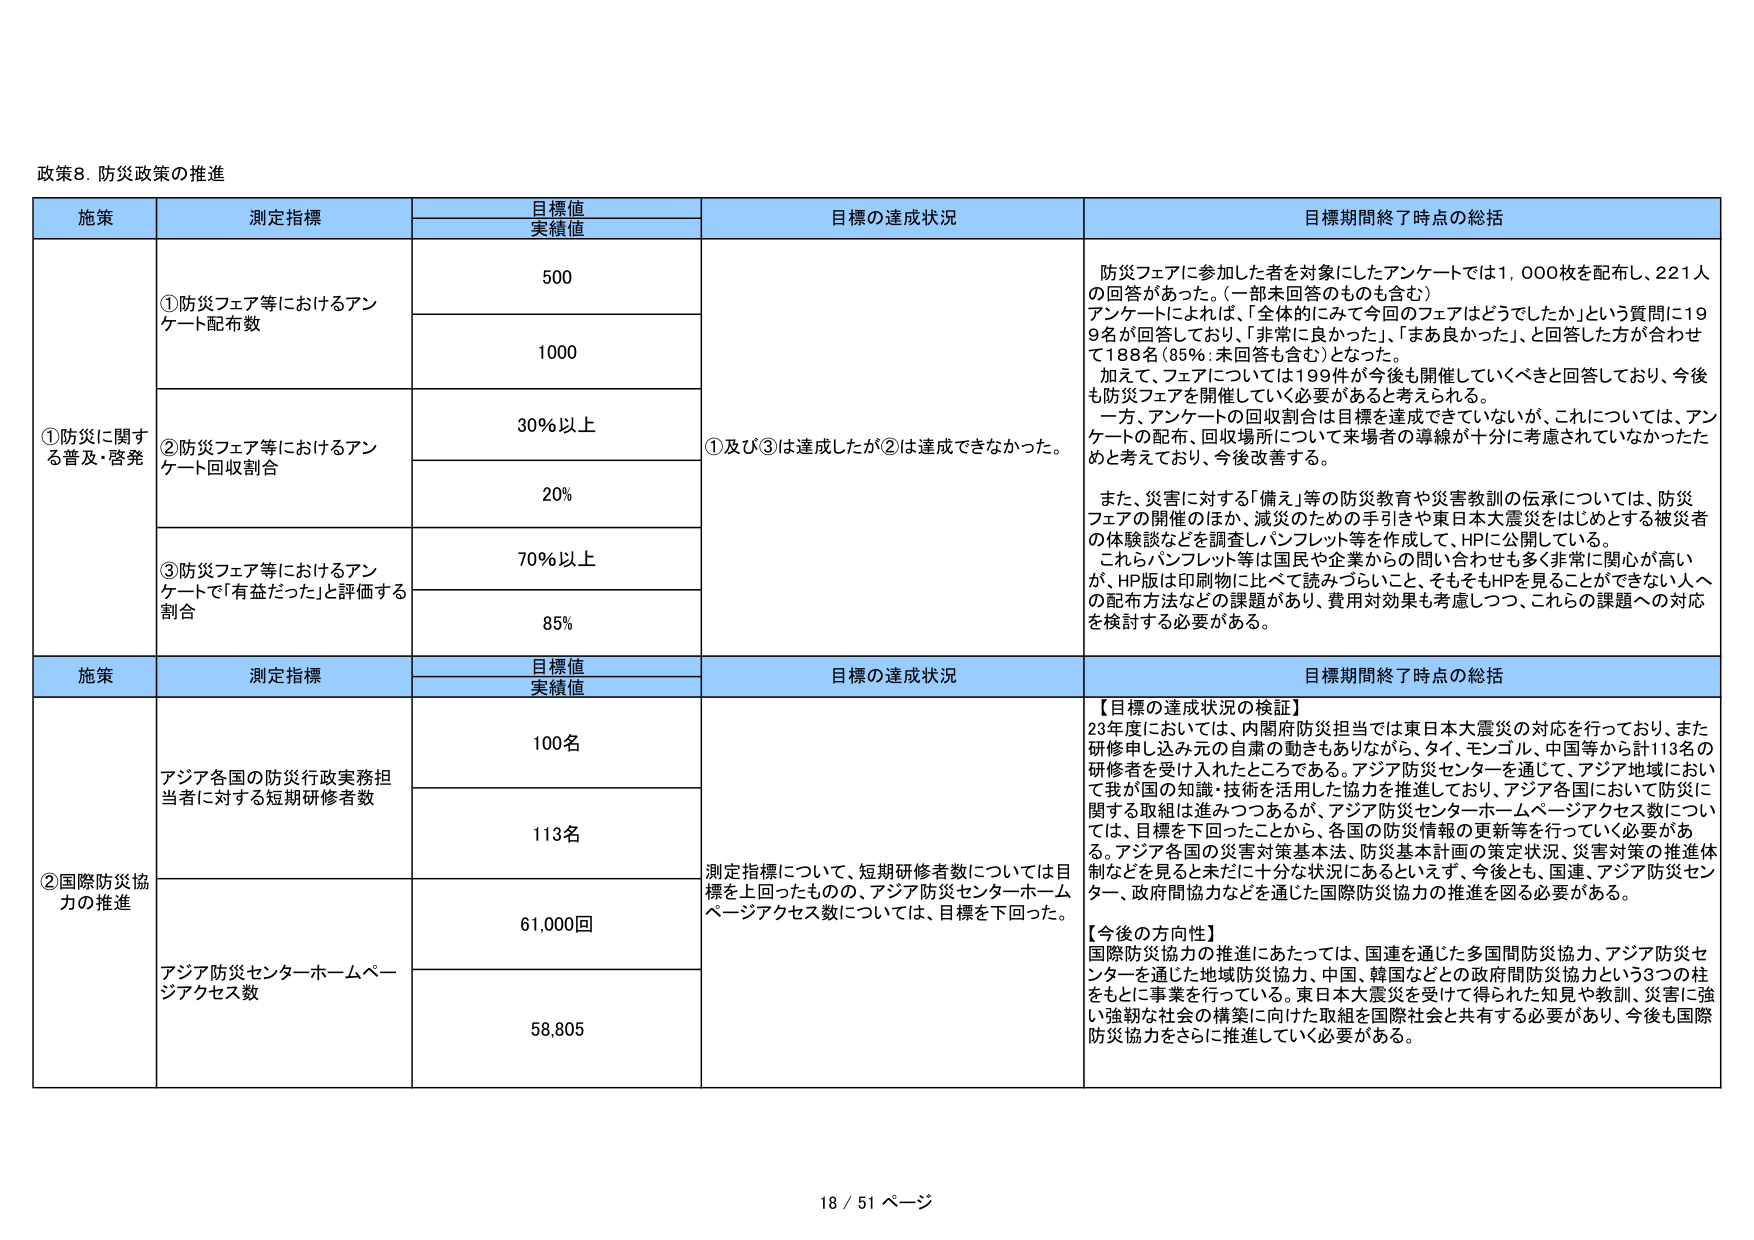
政策8. 防災政策の推進

施策	測定指標	目標値 実績値	目標の達成状況	目標期間終了時点の総括
①防災に関する普及・啓発	①防災フェア等におけるアンケート配布数	500	①及び③は達成したが②は達成できなかった。	防災フェアに参加した者を対象にしたアンケートでは1,000枚を配布し、221人の回答があった。（一部未回答のものも含む）アンケートによれば、「全体的にみて今回のフェアはどうでしたか」という質問に199名が回答しており、「非常に良かった」、「まあ良かった」と回答した方が合わせて188名（85％：未回答も含む）となった。加えて、フェアについては199件が今後も開催していくべきと回答しており、今後も防災フェアを開催していく必要があると考えられる。一方、アンケートの回収割合は目標を達成できていないが、これについては、アンケートの配布、回収場所について来場者の導線が十分に考慮されていなかったためと考えており、今後改善する。また、災害に対する「備え」等の防災教育や災害教訓の伝承については、防災フェアの開催のほか、減災のための手引きや東日本大震災をはじめとする被災者の体験談などを調査しパンフレット等を作成して、HPに公開している。これらパンフレット等は国民や企業からの問い合わせも多く非常に人気が高いが、HP版は印刷物に比べて読みづらいこと、そもそもHPを見ることができない人への配布方法などの課題があり、費用対効果も考慮しつつ、これらの課題への対応を検討する必要がある。
	②防災フェア等におけるアンケート回収割合	30％以上
	20％
	③防災フェア等におけるアンケートで「有益だった」と評価する割合	70％以上
	85％

施策	測定指標	目標値 実績値	目標の達成状況	目標期間終了時点の総括
②国際防災協力の推進	アジア各国の防災行政実務担当者に対する短期研修者数	100名	測定指標について、短期研修者数については目標を上回ったものの、アジア防災センターホームページアクセス数については、目標を下回った。	【目標の達成状況の検証】23年度においては、内閣府防災担当では東日本大震災の対応を行っており、また研修申し込み元の自粛の動きもありながら、タイ、モンゴル、中国等から計113名の研修者を受け入れたところである。アジア防災センターを通じて、アジア地域において我が国の知識・技術を活用した協力を推進しており、アジア各国において防災に関する取組は進みつつあるが、アジア防災センターホームページアクセス数については、目標を下回ったことから、各国の防災情報の更新等を行っていく必要がある。アジア各国の災害対策基本法、防災基本計画の策定状況、災害対策の推進体制などを見ると未だに十分な状況にあるといえず、今後とも、国連、アジア防災センター、政府間協力などを通じた国際防災協力の推進を図る必要がある。【今後の方向性】国際防災協力の推進にあたっては、国連を通じた多国間防災協力、アジア防災センターを通じた地域防災協力、中国、韓国などとの政府間防災協力という3つの柱をもとに事業を行っている。東日本大震災を受けて得られた知見や教訓、災害に強い強靭な社会の構築に向けた取組を国際社会と共有する必要があり、今後も国際防災協力をさらに推進していく必要がある。
		113名
	アジア防災センターホームページアクセス数	61,000回
	58,805

18 / 51 ページ